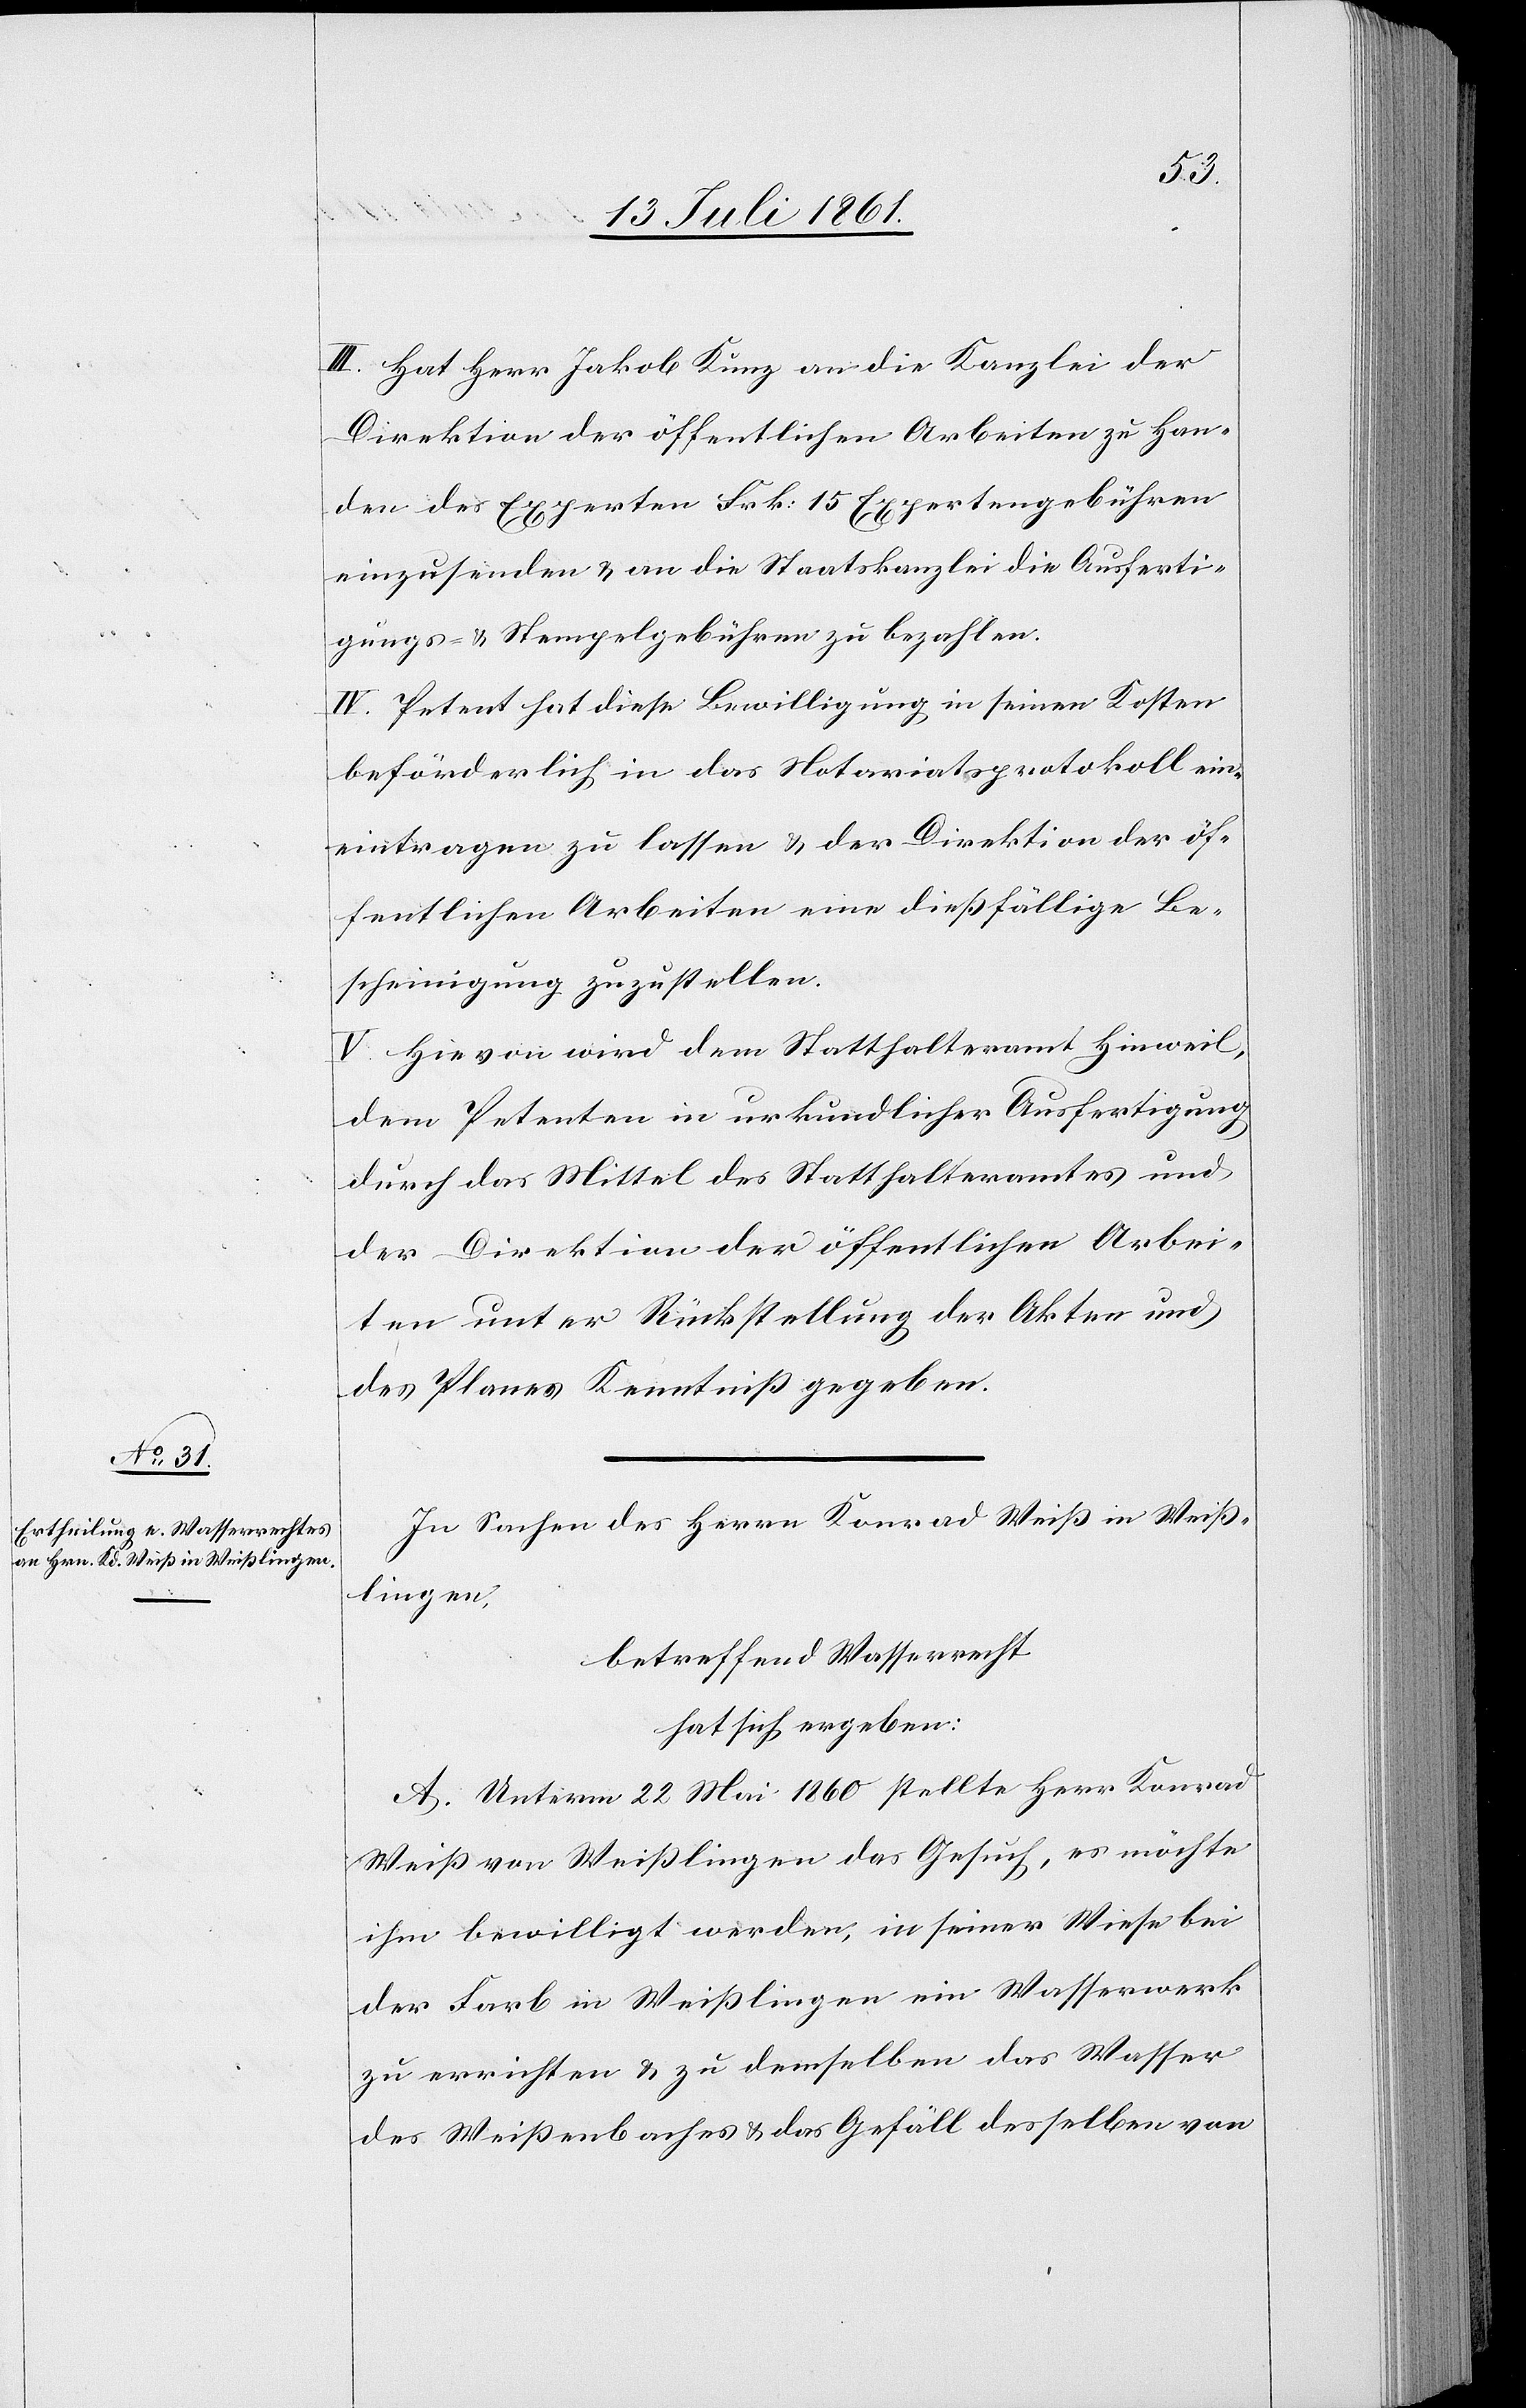
III. Hat Herr Jakob Kunz an die Kanzlei der
Direktion der öffentlichen Arbeiten zu Han¬
den des Experten Frk. 15 Expertengebühren
einzusenden u. an die Staatskanzlei die Ausferti¬
gungs- u. Stempelgebühren zu bezahlen.
IV. Petent hat diese Bewilligung in seinen Kosten
beförderlich in das Notariatsprotokoll ein¬
eintragen [sic!] zu lassen u. der Direktion der öf¬
fentlichen Arbeiten eine dießfällige Be¬
scheinigung zuzustellen.
V. Hievon wird dem Statthalteramt Hinweil,
dem Petenten in urkundlicher Ausfertigung
durch das Mittel des Statthalteramtes und
der Direktion der öffentlichen Arbei¬
ten unter Rückstellung der Akten und
des Planes Kenntniß gegeben.
In Sachen des Herrn Konrad Weiß in Weiß¬
lingen,
betreffend Wasserrecht
hat sich ergeben:
A. Unterm 22 Mai 1860 stellte Herr Konrad
Weiß von Weißlingen das Gesuch, es möchte
ihm bewilligt werden, in seiner Wiese bei
der Farb in Weißlingen ein Wasserwerk
zu errichten u. zu demselben das Wasser
des Weißenbaches u. das Gefäll desselben von